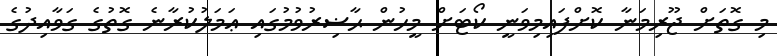
މި ގޮތަށް ޖޫރިމަނާ ކޮށްފައިމިވަނީ ކޯޓަށް މީހުން ޙާޟިރުވުމުގައި ޢަމަލުކުރާނެ ގޮތުގެ ގަވާއިދުގެ